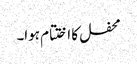
محفل کا اختتام ہوا۔